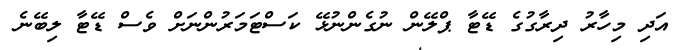
އަދި މިހާރު ދިރާގުގެ ޑޭޓާ ޕްލޭން ނުގެންނުޅޭ ކަސްޓަމަރުންނަށް ވެސް ޑޭޓާ ލިބޭނެ